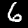
Digit: 6